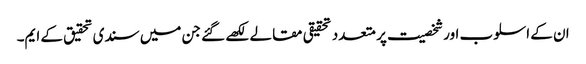
ان کے اسلوب اور شخصیت پر متعدد تحقیقی مقالے لکھے گئے جن میں سندی تحقیق کے ایم۔